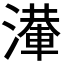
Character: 𣿢